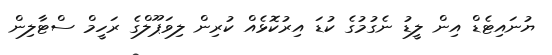
ޔުނައިޓެޑް އިން ލީޑު ނެގުމުގެ ކުޑަ އިރުކޮޅެއް ކުރިން ލިވަޕޫލްގެ ރަހީމް ސްޓާލިން